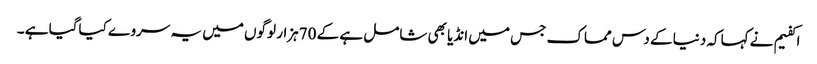
اکفیم نے کہاکہ دنیا کے دس مماک جس میں انڈیا بھی شامل ہے کے 70ہزار لوگوں میں یہ سروے کیاگیا ہے ۔